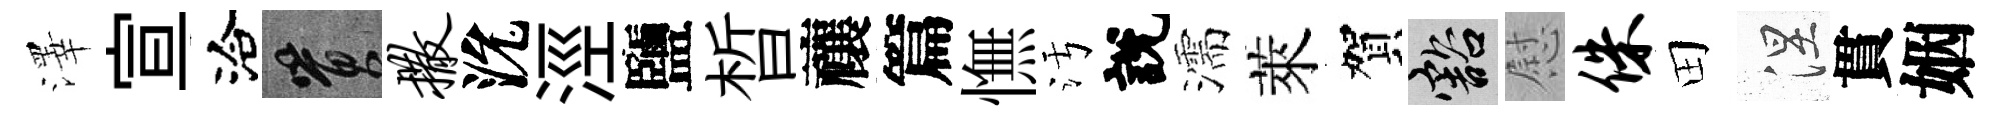
澤宣洽篔撒沇涇鹽晳禳篇憮污說濡萊賀豁慰侏田涅貫姻